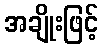
အချိုးဖြင့်